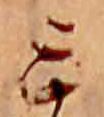
ミ